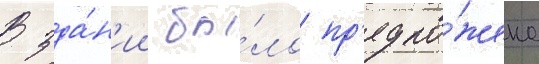
В зда́н'ии бы́ло пр'едло́жено